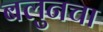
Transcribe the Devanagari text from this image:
बलुनचा